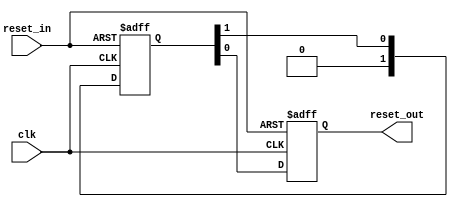
// This program was cloned from: https://github.com/aniketuppin/n-body-gravity-simulator
// License: Apache License 2.0

// (C) 2001-2022 Intel Corporation. All rights reserved.
// Your use of Intel Corporation's design tools, logic functions and other 
// software and tools, and its AMPP partner logic functions, and any output 
// files from any of the foregoing (including device programming or simulation 
// files), and any associated documentation or information are expressly subject 
// to the terms and conditions of the Intel Program License Subscription 
// Agreement, Intel FPGA IP License Agreement, or other applicable 
// license agreement, including, without limitation, that your use is for the 
// sole purpose of programming logic devices manufactured by Intel and sold by 
// Intel or its authorized distributors.  Please refer to the applicable 
// agreement for further details.


// $Id: //acds/rel/22.1std/ip/merlin/altera_reset_controller/altera_reset_synchronizer.v#1 $
// $Revision: #1 $
// $Date: 2021/10/27 $
// $Author: psgswbuild $

// -----------------------------------------------
// Reset Synchronizer
// -----------------------------------------------
`timescale 1 ns / 1 ns

module altera_reset_synchronizer
#(
    parameter ASYNC_RESET = 1,
    parameter DEPTH       = 2
)
(
    input   reset_in /* synthesis ALTERA_ATTRIBUTE = "SUPPRESS_DA_RULE_INTERNAL=R101" */,

    input   clk,
    output  reset_out
);

    // -----------------------------------------------
    // Synchronizer register chain. We cannot reuse the
    // standard synchronizer in this implementation 
    // because our timing constraints are different.
    //
    // Instead of cutting the timing path to the d-input 
    // on the first flop we need to cut the aclr input.
    // 
    // We omit the "preserve" attribute on the final
    // output register, so that the synthesis tool can
    // duplicate it where needed.
    // -----------------------------------------------
    (*preserve*) reg [DEPTH-1:0] altera_reset_synchronizer_int_chain;
    reg altera_reset_synchronizer_int_chain_out;

    generate if (ASYNC_RESET) begin

        // -----------------------------------------------
        // Assert asynchronously, deassert synchronously.
        // -----------------------------------------------
        always @(posedge clk or posedge reset_in) begin
            if (reset_in) begin
                altera_reset_synchronizer_int_chain <= {DEPTH{1'b1}};
                altera_reset_synchronizer_int_chain_out <= 1'b1;
            end
            else begin
                altera_reset_synchronizer_int_chain[DEPTH-2:0] <= altera_reset_synchronizer_int_chain[DEPTH-1:1];
                altera_reset_synchronizer_int_chain[DEPTH-1] <= 0;
                altera_reset_synchronizer_int_chain_out <= altera_reset_synchronizer_int_chain[0];
            end
        end

        assign reset_out = altera_reset_synchronizer_int_chain_out;
     
    end else begin

        // -----------------------------------------------
        // Assert synchronously, deassert synchronously.
        // -----------------------------------------------
        always @(posedge clk) begin
            altera_reset_synchronizer_int_chain[DEPTH-2:0] <= altera_reset_synchronizer_int_chain[DEPTH-1:1];
            altera_reset_synchronizer_int_chain[DEPTH-1] <= reset_in;
            altera_reset_synchronizer_int_chain_out <= altera_reset_synchronizer_int_chain[0];
        end

        assign reset_out = altera_reset_synchronizer_int_chain_out;
 
    end
    endgenerate

endmodule